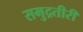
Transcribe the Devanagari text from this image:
समुद्रतीरी